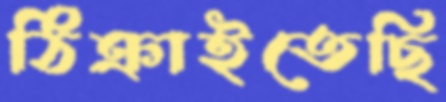
ঠিক্‌রাইতেছি